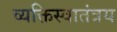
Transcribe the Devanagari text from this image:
व्यक्तिस्वातंत्रय